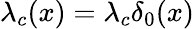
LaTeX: \lambda_{c}(x)=\lambda_{c}\delta_{0}(x)